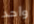
واحد